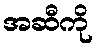
အဆီကို